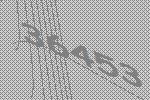
36453